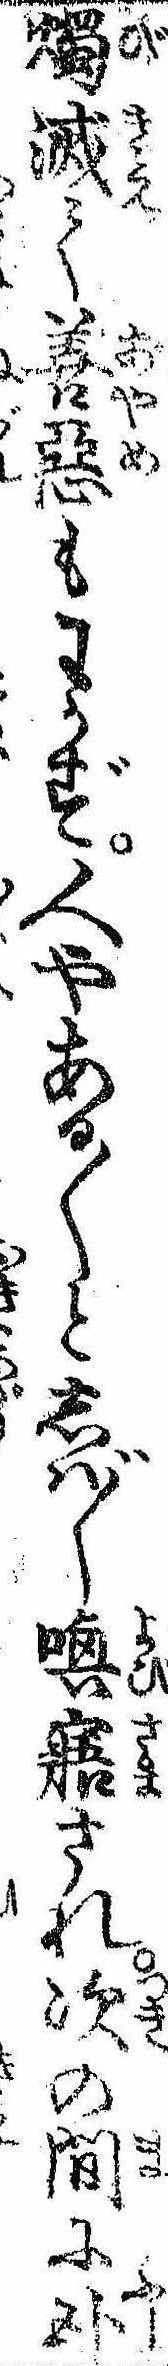
濁滅て善悪もわかず人やある〱としば〲喚寤され次の間に臥